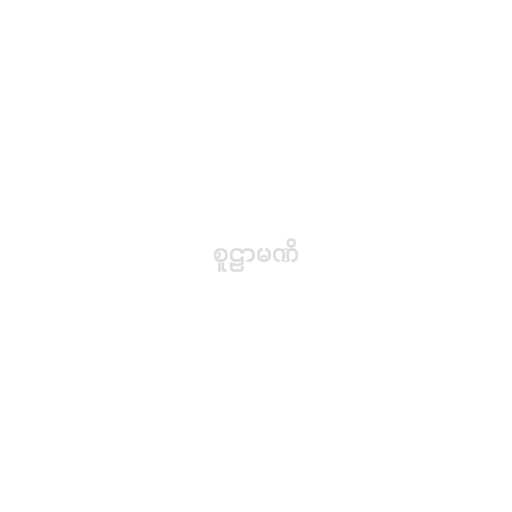
စူဠာမဏိ